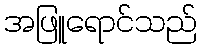
အဖြူရောင်သည်